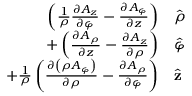
{ \begin{array} { r l } { \left( { \frac { 1 } { \rho } } { \frac { \partial A _ { z } } { \partial \varphi } } - { \frac { \partial A _ { \varphi } } { \partial z } } \right) } & { { \hat { \boldsymbol { \rho } } } } \\ { + \left( { \frac { \partial A _ { \rho } } { \partial z } } - { \frac { \partial A _ { z } } { \partial \rho } } \right) } & { { \hat { \boldsymbol { \varphi } } } } \\ { + { \frac { 1 } { \rho } } \left( { \frac { \partial \left( \rho A _ { \varphi } \right) } { \partial \rho } } - { \frac { \partial A _ { \rho } } { \partial \varphi } } \right) } & { { \hat { \mathbf { z } } } } \end{array} }